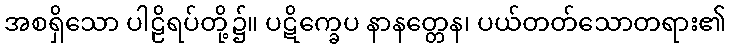
အစရှိသော ပါဠိရပ်တို့၌။ ပဋိက္ခေပ နာနတ္တေန၊ ပယ်တတ်သောတရား၏